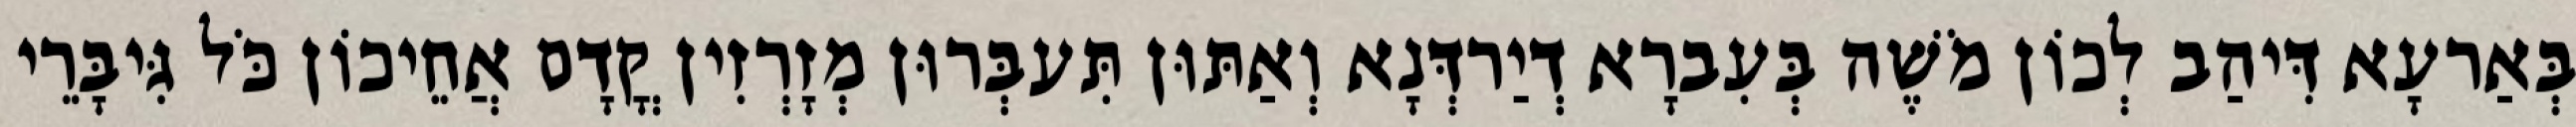
בְּאַרעָא דִּיהַב לְכוֹן מֹשֶׁה בְּעִברָא דְיַרדְּנָא וְאַתּוּן תִּעבְּרוּן מְזָרְזִין קֳדָם אֲחֵיכוֹן כֹּל גִּיבָּרֵי